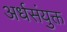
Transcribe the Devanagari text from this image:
अर्धसंयुक्त